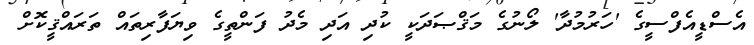
އެސްޑީއެފްސީގެ 'ހަރުމުދާ' ލޯނުގެ މަޤްޞަދަކީ ކުދި އަދި މެދު ފަންތީގެ ވިޔަފާރިތައް ތަރައްޤީކޮށް